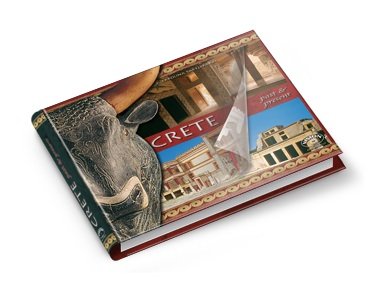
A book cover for Minoan Crete: An Illustrated Guide with Reconstructions of the Ancient Monuments (Past & Present); E.S. Sakellaraki; Travel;